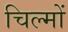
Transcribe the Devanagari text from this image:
चिल्मों